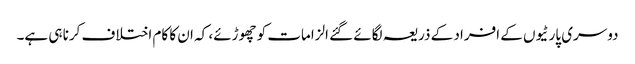
دوسری پارٹیوں کے افراد کے ذریعہ لگائے گئے الزامات کو چھوڑئے، کہ ان کا کام اختلاف کرنا ہی ہے۔